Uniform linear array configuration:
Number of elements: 32
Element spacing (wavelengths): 0.75
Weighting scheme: blackman
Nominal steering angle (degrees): -30
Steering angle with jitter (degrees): -30.288
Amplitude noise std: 0.05
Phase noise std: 0.05

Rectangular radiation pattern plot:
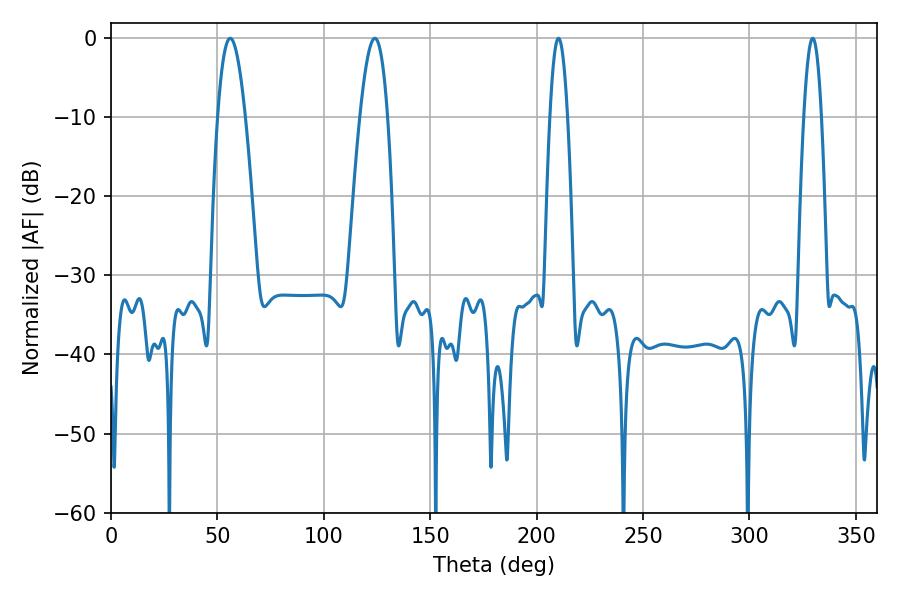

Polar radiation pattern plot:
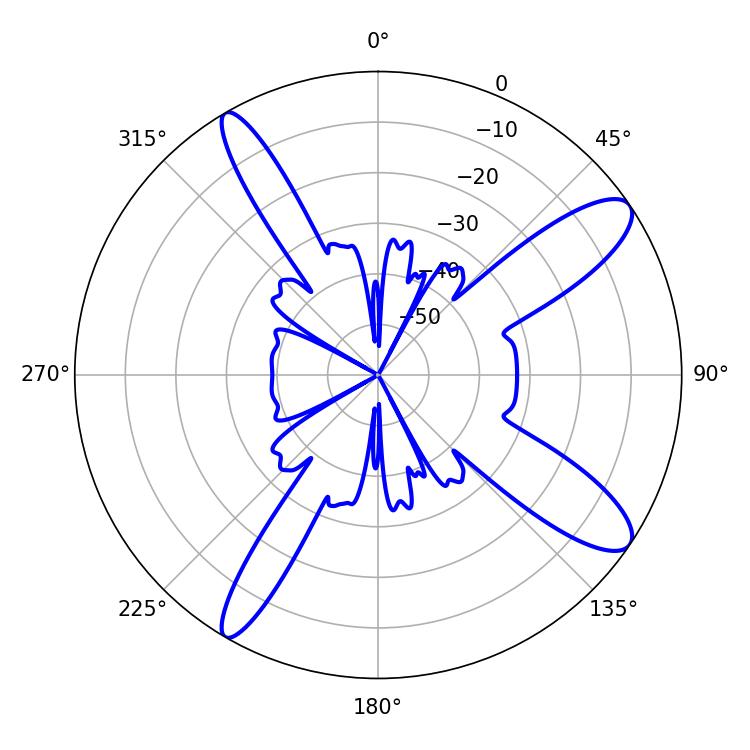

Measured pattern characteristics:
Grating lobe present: TRUE
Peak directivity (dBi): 11.648
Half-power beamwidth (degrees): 7.2
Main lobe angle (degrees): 124.02